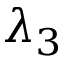
\lambda _ { 3 }